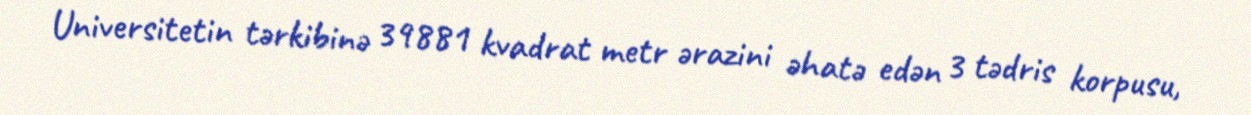
Universitetin tərkibinə 39881 kvadrat metr ərazini əhatə edən 3 tədris korpusu,